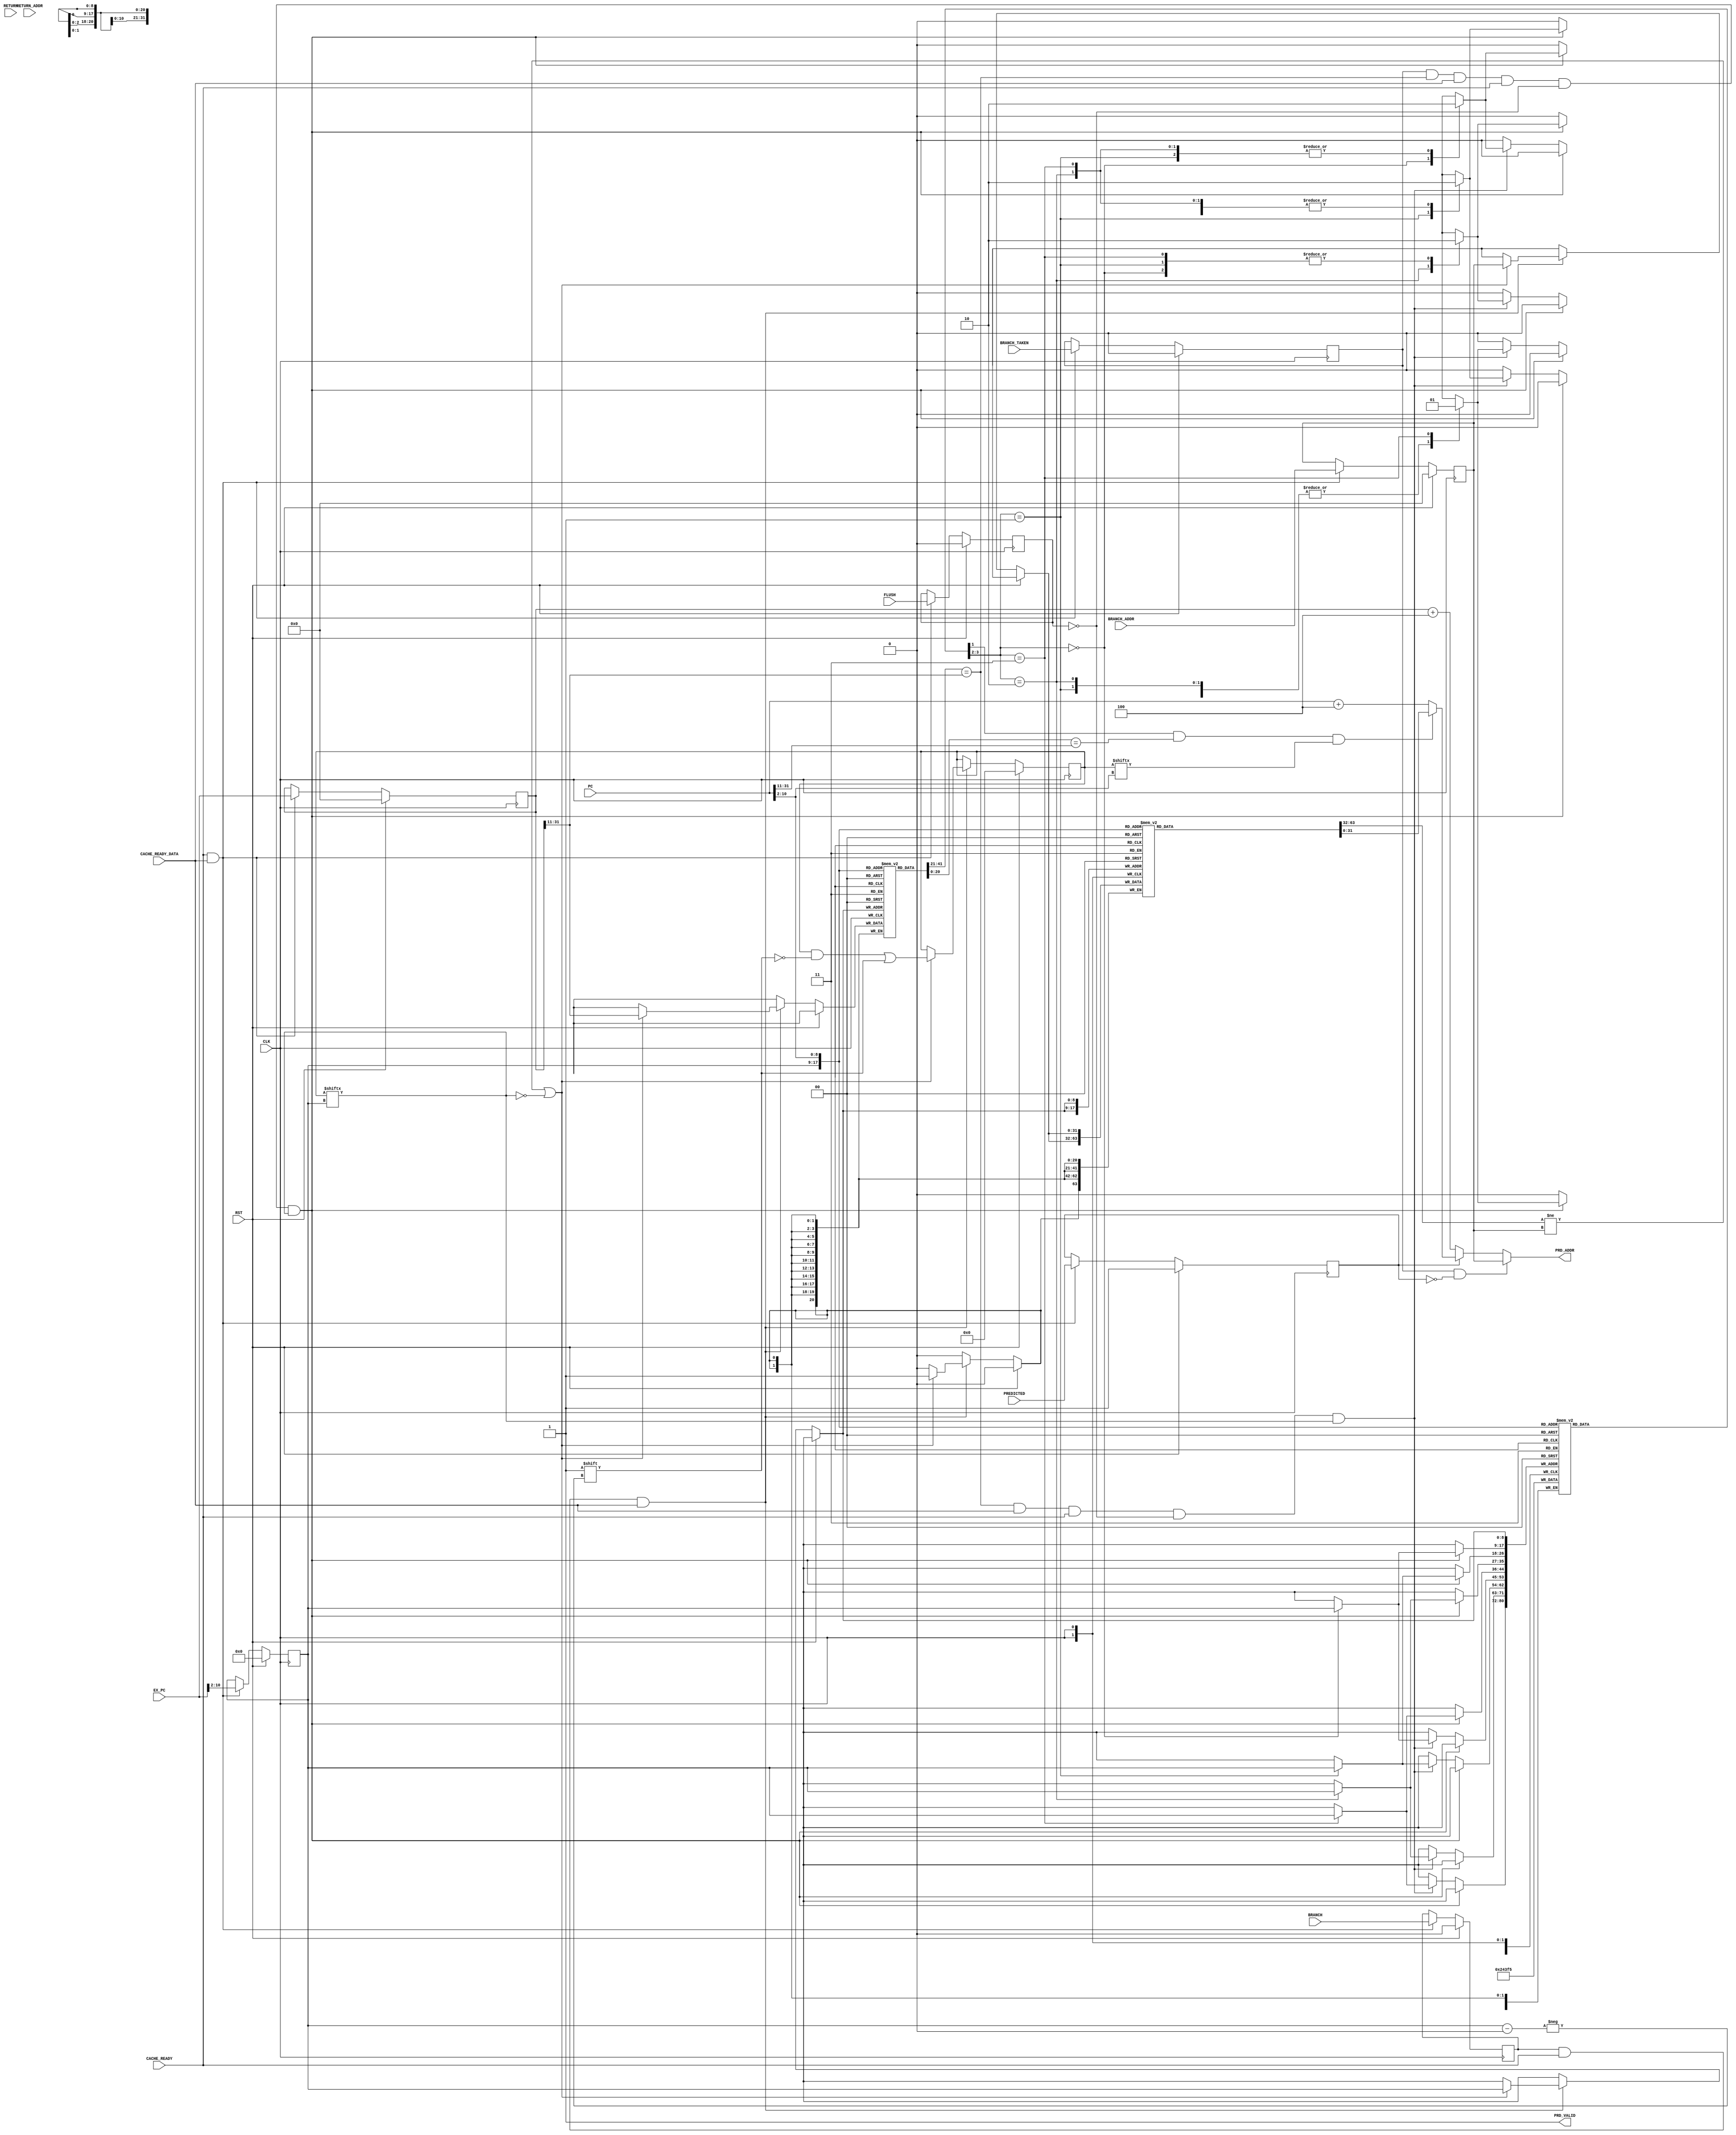
module BHT #(
        parameter   ADDR_WIDTH      = 32                                ,
        parameter   HISTORY_DEPTH   = 512                              ,
        
        localparam  H_ADDR_WIDTH    = logb2(HISTORY_DEPTH)              ,
        localparam  TAG_WIDTH       = ADDR_WIDTH - H_ADDR_WIDTH - 2       
    ) (
        input                           CLK                             ,
        input   [ADDR_WIDTH - 1 : 0]    PC                              ,
        input                           CACHE_READY_DATA                ,
        input                           CACHE_READY                     ,
        input   [ADDR_WIDTH - 1 : 0]    EX_PC                           ,
        input                           BRANCH                          ,
        input                           BRANCH_TAKEN                    ,
        input                           FLUSH                           ,
        input   [ADDR_WIDTH - 1 : 0]    BRANCH_ADDR                     ,
        input                           RETURN                          ,
        input   [ADDR_WIDTH - 1 : 0]    RETURN_ADDR                     ,
        output reg                      PRD_VALID                       ,
        output reg  [ADDR_WIDTH - 1 : 0]PRD_ADDR                        ,
        input PREDICTED,
        input RST
    );
    
    reg     [ADDR_WIDTH - 1 : 0] target     [0: HISTORY_DEPTH - 1   ]   ;
    reg     [TAG_WIDTH - 1  : 0] tag        [0: HISTORY_DEPTH - 1   ]   ;
    reg     [1              : 0] history    [0: HISTORY_DEPTH - 1   ]   ;
    reg     [HISTORY_DEPTH - 1 : 0  ]                     state         ;
    reg     [HISTORY_DEPTH - 1 : 0  ]                     return_reg        ;

    reg     [ADDR_WIDTH - 1 : 0] prd_addr_reg                           ;
    
    wire    [H_ADDR_WIDTH-1 : 0] pc_line_add  =PC   [H_ADDR_WIDTH+1:2]  ;
    reg     [H_ADDR_WIDTH-1 : 0] ex_line_add =0                         ;
    reg     [ADDR_WIDTH - 1 : 0] ex_pc                                  ;
    reg     [ADDR_WIDTH - 1 : 0] branch_addr=0                          ;
    reg                          branch=0                               ;
    reg                          branch_taken=0                         ;
    reg                          predicted =1                           ;
    reg                          return_reg_w=0                           ;
    reg                          flush=0                                ;
    
    integer i;
    
//    initial
//    begin
    
        
//        for(i=0;i<HISTORY_DEPTH;i=i+1)                      
//        begin                                               
//            target[i]   <= {ADDR_WIDTH{1'b0}}   ;           
//            tag[i]      <= {TAG_WIDTH{1'b0}}    ;           
//            history[i]  <= 2'b01                ;           
//        end                                                 
//    end                                         
    
    
    
    
    
    
    
  
    reg [31:0] branch_count=0;
    reg [31:0] predicted_count=0;
    always @(posedge CLK)
    begin
        if(RST)
        begin
            branch          <=       0 ;
            branch_count    <=       0 ;
            predicted_count <=       0 ;
            branch_taken    <=       0 ;
            predicted       <=       1 ;
            branch_addr     <=       0 ;
                                      
            ex_line_add     <=       0 ;
            ex_pc           <=       0 ;
            return_reg_w      <=       0 ;
            flush           <=       0 ;
        end
        else if (CACHE_READY & CACHE_READY_DATA)
        begin
            branch          <= BRANCH                               ;
            branch_count    <= branch_count +BRANCH                 ;
            predicted_count <= (PREDICTED&BRANCH) +predicted_count  ;
            branch_taken    <= BRANCH_TAKEN                         ;
            predicted       <= PREDICTED                            ;
            branch_addr     <= BRANCH_ADDR                          ;
    
            ex_line_add     <= EX_PC[H_ADDR_WIDTH+1:2]              ;
            ex_pc           <= EX_PC                                ;
            return_reg_w      <= RETURN                               ;
            flush           <= FLUSH                                ;
        end
        if (RST)
        begin
            prd_addr_reg    <= {ADDR_WIDTH{1'b0}}   ;           
               
            state<=0;                                            
            return_reg<=0;                                           
        end
	    else if (branch & CACHE_READY & CACHE_READY_DATA)
		begin
		   if ( (target[ex_line_add] != branch_addr ) | ~state[ex_line_add]      )                      
		   begin
                target[ex_line_add]  <= branch_addr   ;
                history[ex_line_add] <= 2'b01;
                
                target[ex_line_add]    <= branch_addr                           ;
                state[ex_line_add]     <= 1                                     ;
                tag[ex_line_add]       <= ex_pc[ADDR_WIDTH-1:H_ADDR_WIDTH+2]    ;
                return_reg[ex_line_add]    <= return_reg_w                            ;
	     end
		end
	    
	    if(branch_taken & (tag[ex_line_add]==ex_pc[ADDR_WIDTH-1:H_ADDR_WIDTH+2]) & CACHE_READY_DATA & CACHE_READY & !flush & state[ex_line_add])
	    begin
			case (history[ex_line_add])
				2'b00: history[ex_line_add] <= 2'b01    ;
				2'b01: history[ex_line_add] <= 2'b11    ;
				2'b10: history[ex_line_add] <= 2'b11    ;
				2'b11: history[ex_line_add] <= 2'b11    ;
			endcase
	    end
	    else if ((tag[ex_line_add]==ex_pc[ADDR_WIDTH-1:H_ADDR_WIDTH+2]) & CACHE_READY_DATA & CACHE_READY & !flush &   state[ex_line_add])
	    begin
			case (history[ex_line_add])
				2'b00: history[ex_line_add] <= 2'b00    ;
				2'b01: history[ex_line_add] <= 2'b00    ;
				2'b10: history[ex_line_add] <= 2'b01    ;
				2'b11: history[ex_line_add] <= 2'b10    ;
			endcase
	    end
       
    end
    reg l;
    always @(*)
    begin 
        PRD_VALID   = 1					;
        if (branch_taken & !predicted)

            begin
                PRD_ADDR = branch_addr;
            end

        else  if(!predicted)
        begin
            PRD_ADDR = ex_pc+4 ;
       
        end

        else 
        begin
           PRD_ADDR = ( history[pc_line_add][1] & ( tag[pc_line_add] == PC[ADDR_WIDTH-1:H_ADDR_WIDTH+2]) & state[pc_line_add] ) ?   target[pc_line_add] : PC + 4;
        end
        // l=( history[pc_line_add][1] & ( tag[pc_line_add] == PC[ADDR_WIDTH-1:H_ADDR_WIDTH+2]) & state[pc_line_add] );
    end
    
    function integer logb2;
        input integer depth;
        for (logb2 = 0; depth > 1; logb2 = logb2 + 1)
            depth = depth >> 1;
    endfunction
    
endmodule